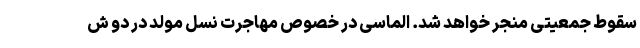
سقوط جمعیتی منجر خواهد شد. الماسی در خصوص مهاجرت نسل مولد در دو ش